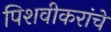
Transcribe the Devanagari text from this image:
पिशवीकरांचे